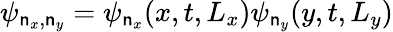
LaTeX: \psi_{\mathsf{n}_{x},\mathsf{n}_{y}}=\psi_{\mathsf{n}_{x}}(x,t,L_{x})\psi_{\mathsf{n}_{y}}(y,t,L_{y})